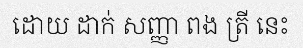
ដោយ ដាក់ សញ្ញា ពង ត្រី នេះ